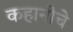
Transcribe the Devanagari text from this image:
कहानीचे